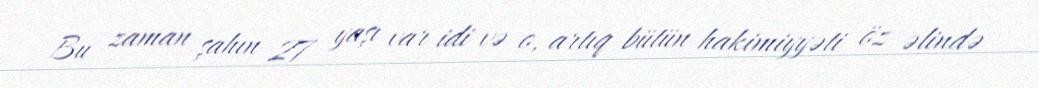
Bu zaman şahın 27 yaşı var idi və o, artıq bütün hakimiyyəti öz əlində